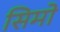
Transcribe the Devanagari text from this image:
सिमो